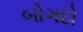
બોગદો